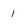
Character: 1